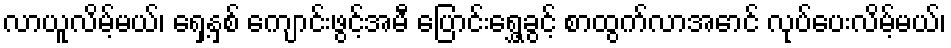
လာယူလိမ့်မယ်၊ ရှေ့နှစ် ကျောင်းဖွင့်အမီ ပြောင်းရွှေ့ခွင့် စာထွက်လာအောင် လုပ်ပေးလိမ့်မယ်၊